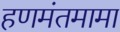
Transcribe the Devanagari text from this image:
हणमंतमामा